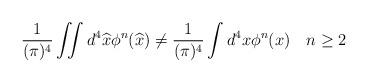
LaTeX: \begin{align*}{1\over (\pi)^{4}} \int\!\!\!\int d^{4}\widehat{x} \phi^{n}(\widehat{x}) \neq{1\over (\pi)^{4}} \int d^ {4}x \phi^{n}(x) \quad n\geq 2\end{align*}